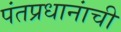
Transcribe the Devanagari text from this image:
पंतप्रधानांची